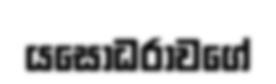
යසෝධරාවගේ